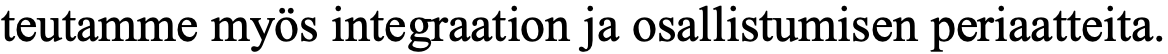
teutamme myös integraation ja osallistumisen periaatteita.